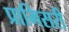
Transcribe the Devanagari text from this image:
प्रामिसरी